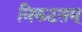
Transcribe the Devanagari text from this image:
निकटतम्